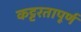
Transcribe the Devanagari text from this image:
कट्टरतापूर्ण